65_HS1-834228961_62-HQ-83894_Section_9
Agency: FBI
Page 2
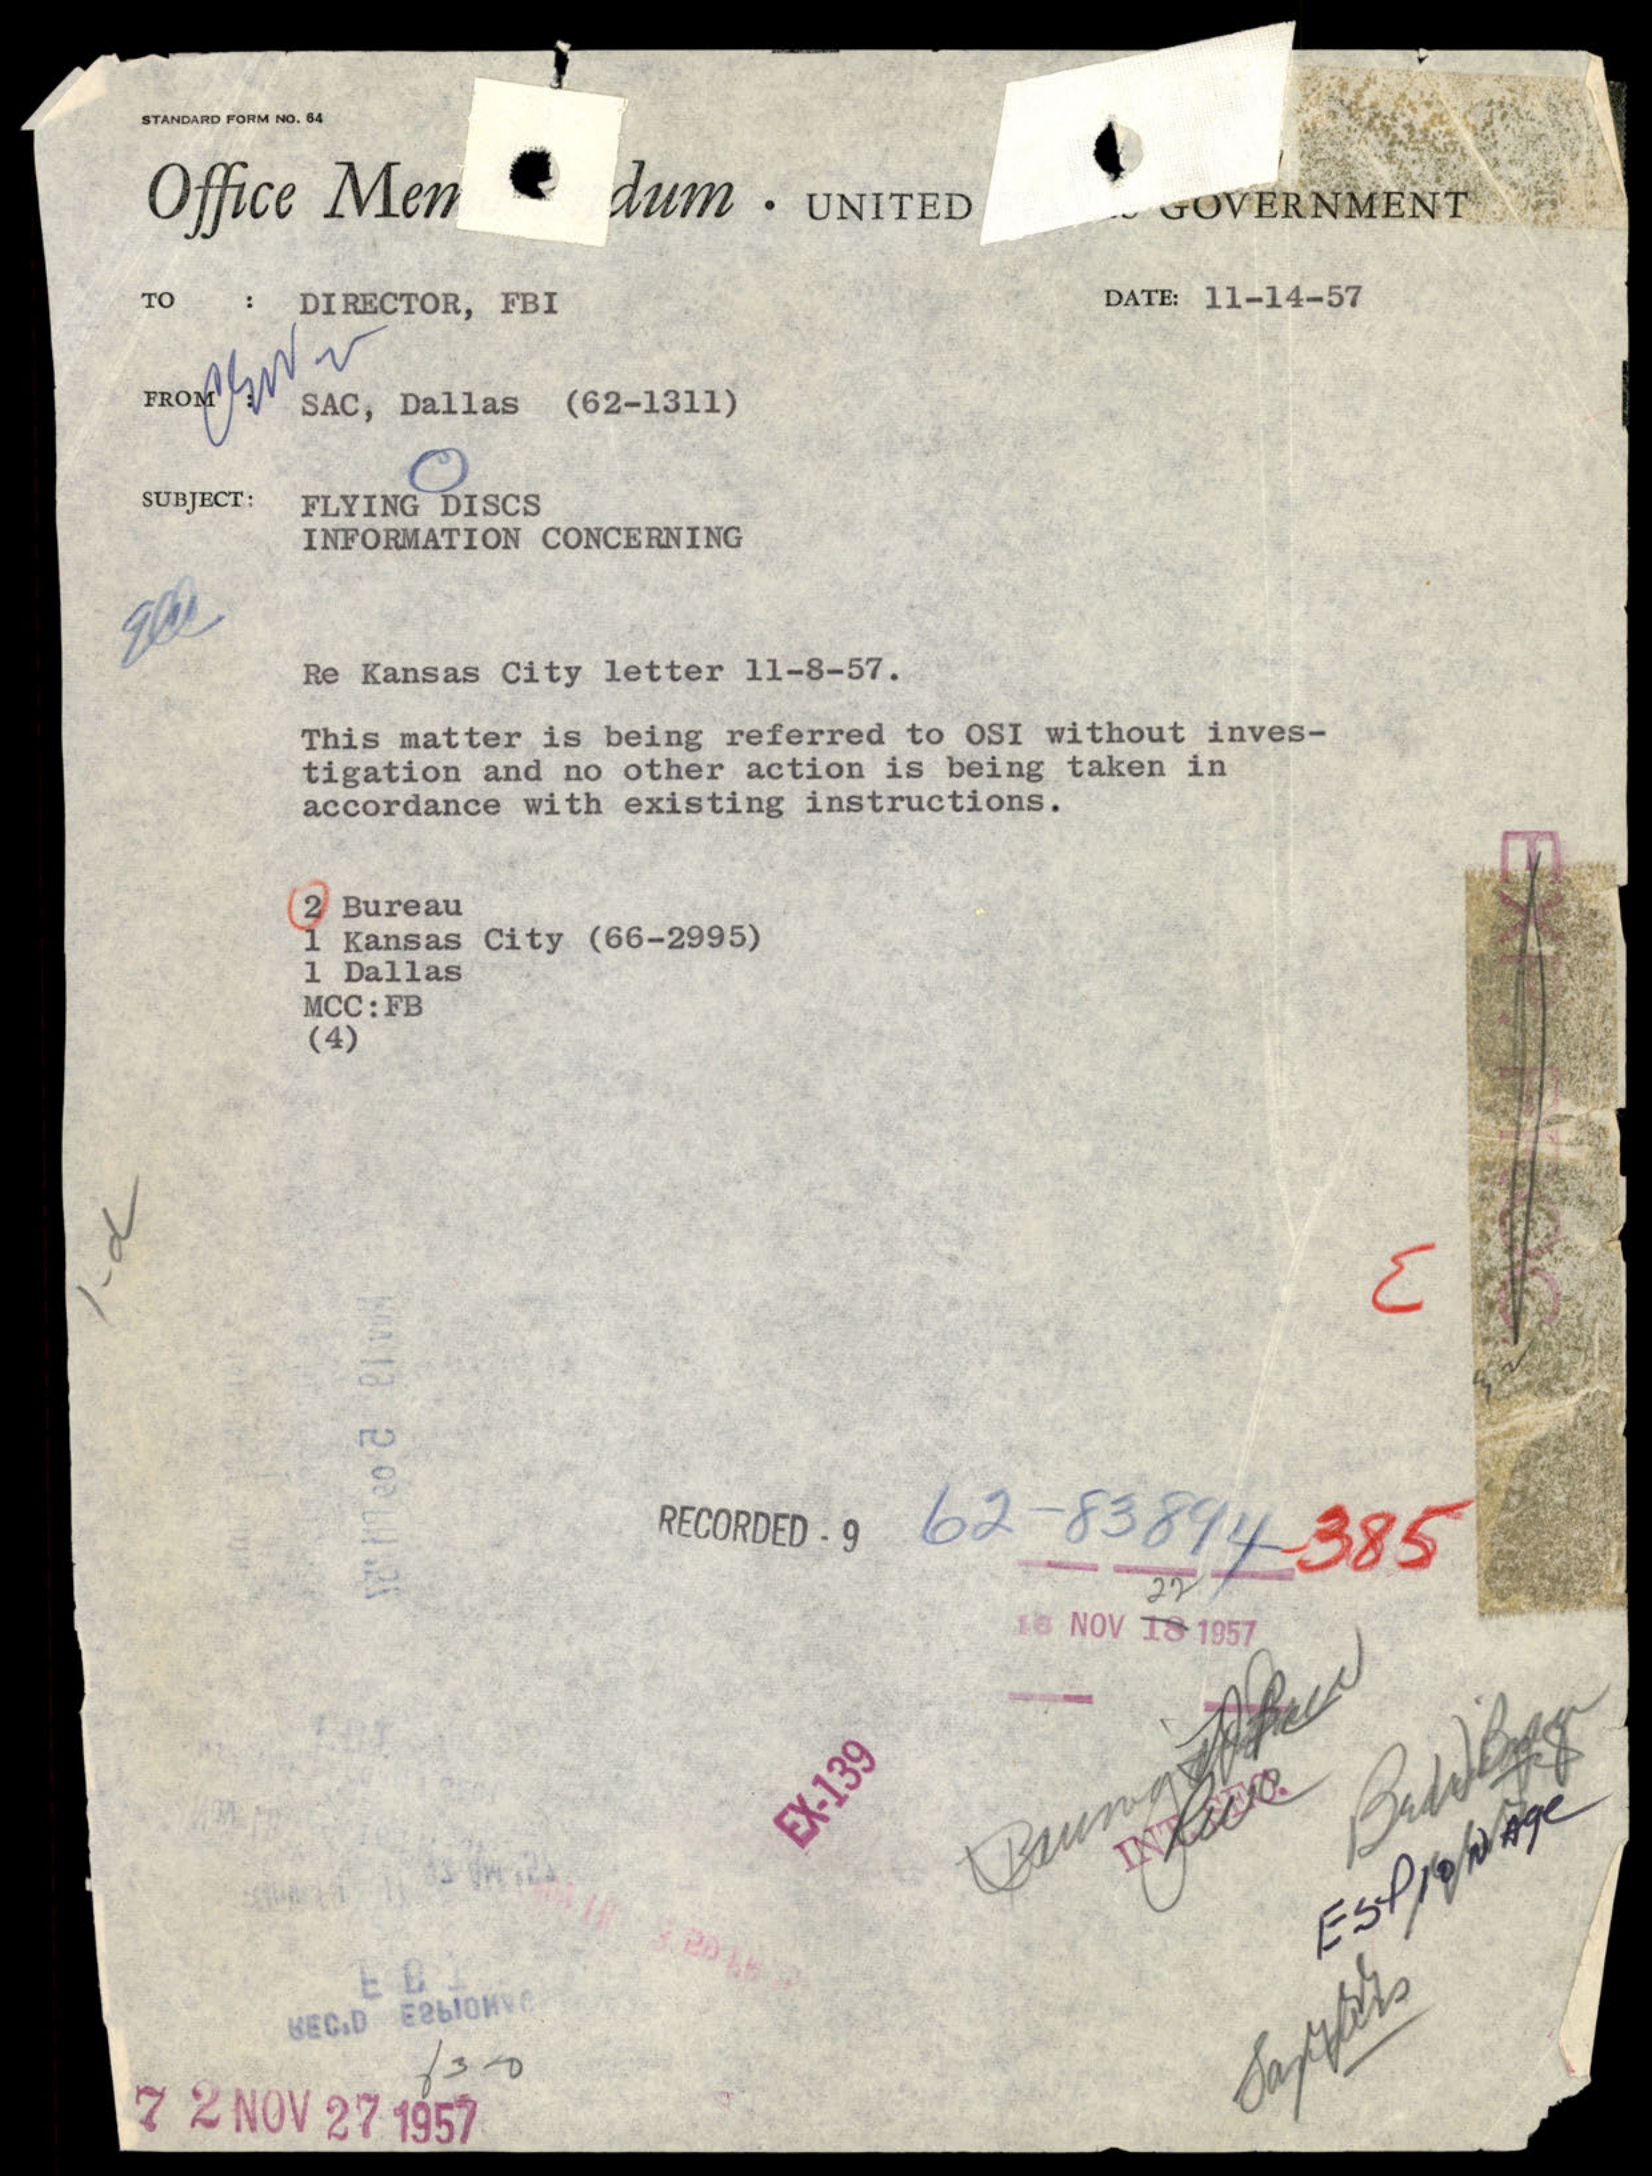